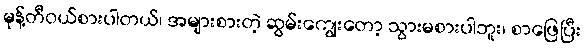
မုန့်တီဝယ်စားပါတယ်၊ အများစားတဲ့ ဆွမ်းကျွေးတော့ သွားမစားပါဘူး၊ စာဖြေပြီး